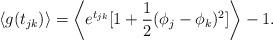
LaTeX: \begin{align*}\left<g(t_{jk})\right>= \left<e^{t_{jk}}[1+\frac{1}{2}(\phi_j-\phi_k)^2]\right>-1.\end{align*}